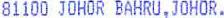
81100 JOHOR BAHRU,JOHOR.